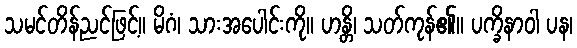
သမင်တိန်ညင်ဖြင့်။ မိဂံ၊ သားအပေါင်းကို။ ဟန္တိ၊ သတ်ကုန်၏။ ပက္ခိနာဝါ ပန၊